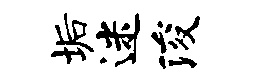
垢迷浚